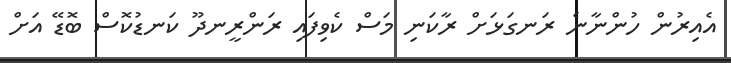
އެއިރުން ހުންނާނެ ރަނގަޅަށް ރާކަނި މަަސް ކެވިފައި ރަންރީނދޫ ކަނޑުކޮސް ބޮޑޭ އަށް